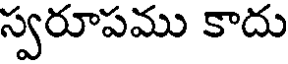
స్వరూపము కాదు